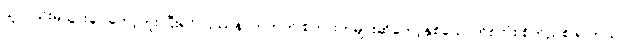
သူလည်းမသွားချင်တော့ဘူး ပြီးရင် ပြဿနာကတက် စကားကများဆိုတော့နှစ်ယောက်စလုံး စိတ်ညစ် ရ တယ်။